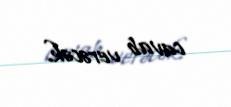
cavab verəcək.